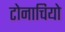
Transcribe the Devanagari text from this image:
टोनाचियो